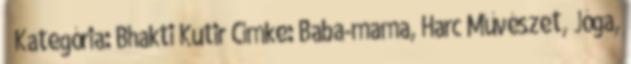
→ Kategória: Bhakti Kutir Címke: Baba-mama, Harc Művészet, Jóga,